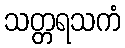
သတ္တရသကံ